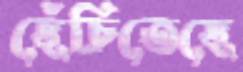
ছেঁচিতেছে